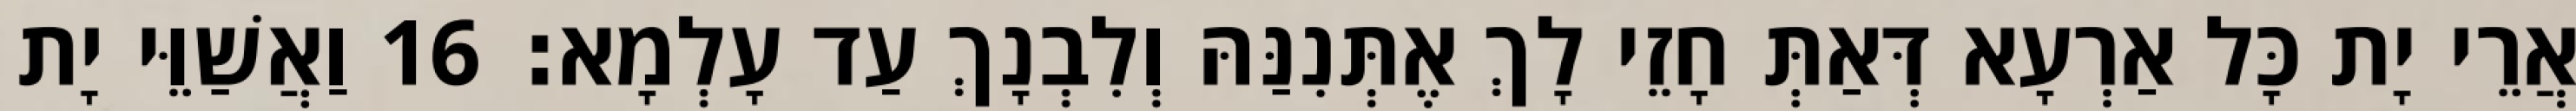
אֲרֵי יָת כָּל אַרְעָא דְּאַתְּ חָזֵי לָךְ אֶתְּנִנַּהּ וְלִבְנָךְ עַד עָלְמָא׃ 16 וַאֲשַׁוֵּי יָת